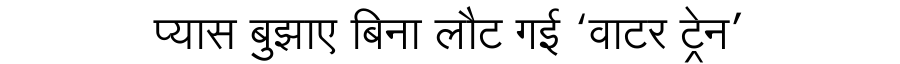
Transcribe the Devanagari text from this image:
प्यास बुझाए बिना लौट गई ‘वाटर ट्रेन’